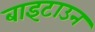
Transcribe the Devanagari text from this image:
बाइटाउन